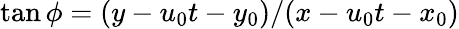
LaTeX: \tan\phi=(y-u_{0}t-y_{0})/(x-u_{0}t-x_{0})